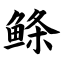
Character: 鲦